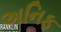
અનિફ